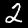
Digit: 2